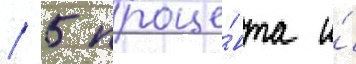
/ 5 проце́нта и́